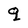
Character: q